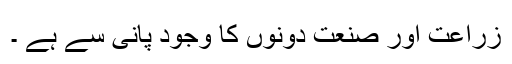
زراعت اور صنعت دونوں کا وجود پانی سے ہے ۔